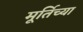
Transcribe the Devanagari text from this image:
मूर्तिच्या